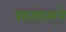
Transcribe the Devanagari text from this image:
सत्यात्मने